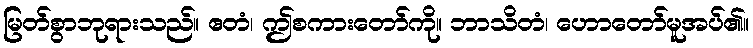
မြတ်စွာဘုရားသည်။ ဧတံ၊ ဤစကားတော်ကို။ ဘာသိတံ၊ ဟောတော်မူအပ်၏။